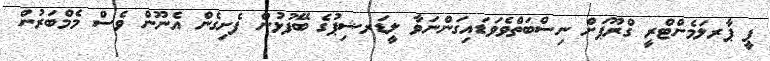
ޕީ ޕާރލަމެންޓްރީ ގްރޫޕަށް ނިސްބަތްވެވަޑައިގަންނަވާ ލީޑަރޝިޕުގެ ބޭފުޅުން ފެށިގެން އެނޫން ވެސް މެމްބަރުން